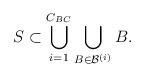
LaTeX: \begin{align*}S\subset \bigcup_{i=1}^{C_{BC}} \bigcup_{B\in\mathcal{B}^{(i)}} B.\end{align*}